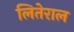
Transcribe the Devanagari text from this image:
लितेराल